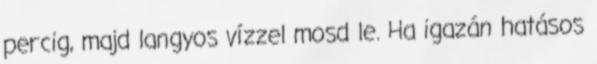
percig, majd langyos vízzel mosd le. Ha igazán hatásos